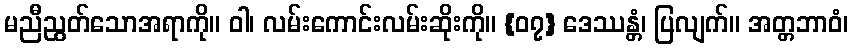
မညီညွတ်သောအရာကို။ ဝါ၊ လမ်းကောင်းလမ်းဆိုးကို။ {၀၇} ဒေဿန္တံ၊ ပြလျက်။ အတ္တဘာဝံ၊